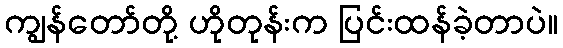
ကျွန်တော်တို့ ဟိုတုန်းက ပြင်းထန်ခဲ့တာပဲ။